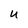
Character: u